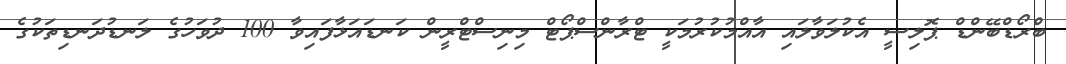
ބްރޯޑްބޭންޑް ޕޮލިސީ އެކުލަވާލައި އާއްމުކުރުމަކީ ޓްރާންސްޕޯޓް މިނިސްޓްރީން ކަނޑައަޅާފައިވާ 100 ދުވަހުގެ ލަނޑުދަނޑިތަކުގެ